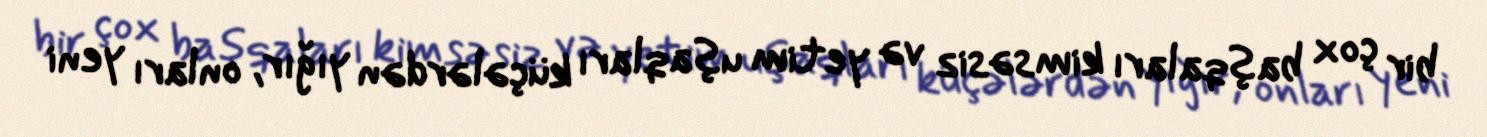
bir çox başqaları kimsəsiz və yetim uşaqları küçələrdən yığır, onları yeni